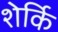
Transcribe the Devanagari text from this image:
शेर्कि